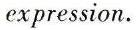
expression.